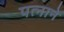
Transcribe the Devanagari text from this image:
पत्‍नाने